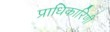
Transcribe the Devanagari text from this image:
प्राधिकारिणी